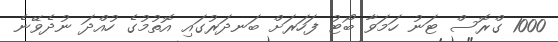
1000 ގްރޮސް ޓަނު ހަމަވާ ބޯޓު ފަހަރަށް ބަނދަރުގައި އޮތުމުގެ ހުއްދަ ނުދެވޭނެ